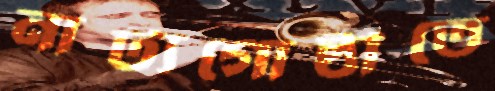
নাট্যগোষ্ঠীতে